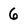
Character: 6